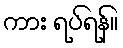
ကား ရပ်ရန်။